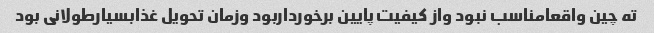
ته چین واقعامناسب نبود واز کیفیت پایین برخورداربود وزمان تحویل غذابسیارطولانی بود